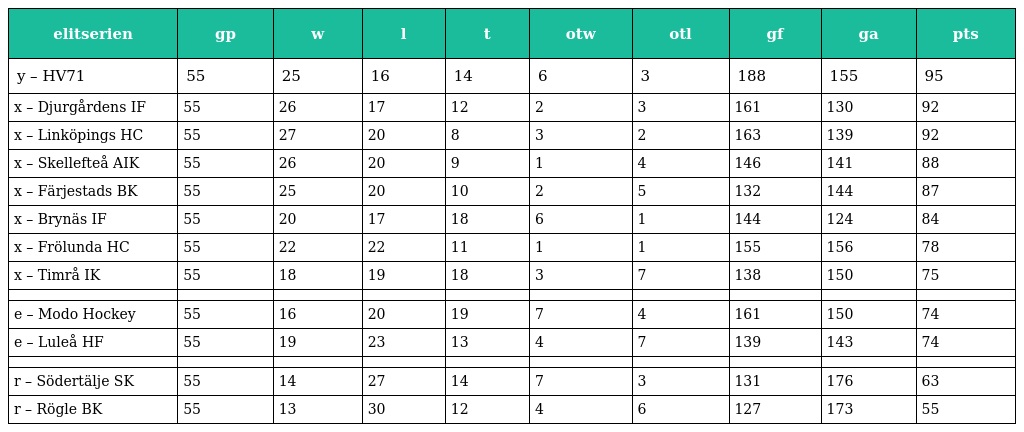
| elitserien | gp | w | l | t | otw | otl | gf | ga | pts |
 | --- | --- | --- | --- | --- | --- | --- | --- | --- | --- |
 | y – HV71 | 55 | 25 | 16 | 14 | 6 | 3 | 188 | 155 | 95 |
 | x – Djurgårdens IF | 55 | 26 | 17 | 12 | 2 | 3 | 161 | 130 | 92 |
 | x – Linköpings HC | 55 | 27 | 20 | 8 | 3 | 2 | 163 | 139 | 92 |
 | x – Skellefteå AIK | 55 | 26 | 20 | 9 | 1 | 4 | 146 | 141 | 88 |
 | x – Färjestads BK | 55 | 25 | 20 | 10 | 2 | 5 | 132 | 144 | 87 |
 | x – Brynäs IF | 55 | 20 | 17 | 18 | 6 | 1 | 144 | 124 | 84 |
 | x – Frölunda HC | 55 | 22 | 22 | 11 | 1 | 1 | 155 | 156 | 78 |
 | x – Timrå IK | 55 | 18 | 19 | 18 | 3 | 7 | 138 | 150 | 75 |
 |  |  |  |  |  |  |  |  |  |  |
 | e – Modo Hockey | 55 | 16 | 20 | 19 | 7 | 4 | 161 | 150 | 74 |
 | e – Luleå HF | 55 | 19 | 23 | 13 | 4 | 7 | 139 | 143 | 74 |
 |  |  |  |  |  |  |  |  |  |  |
 | r – Södertälje SK | 55 | 14 | 27 | 14 | 7 | 3 | 131 | 176 | 63 |
 | r – Rögle BK | 55 | 13 | 30 | 12 | 4 | 6 | 127 | 173 | 55 |